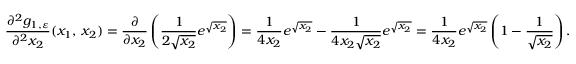
\frac { \partial ^ { 2 } g _ { 1 , \varepsilon } } { \partial ^ { 2 } x _ { 2 } } ( x _ { 1 } , \, x _ { 2 } ) = \frac { \partial } { \partial x _ { 2 } } \left( \frac { 1 } { 2 \sqrt { x _ { 2 } } } e ^ { \sqrt { x _ { 2 } } } \right) = \frac { 1 } { 4 x _ { 2 } } e ^ { \sqrt { x _ { 2 } } } - \frac { 1 } { 4 x _ { 2 } \sqrt { x _ { 2 } } } e ^ { \sqrt { x _ { 2 } } } = \frac { 1 } { 4 x _ { 2 } } e ^ { \sqrt { x _ { 2 } } } \left( 1 - \frac { 1 } { \sqrt { x _ { 2 } } } \right) .